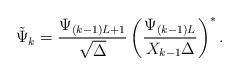
LaTeX: \begin{align*}\tilde{\Psi}_k= \frac{\Psi_{(k-1)L+1}}{\sqrt{\Delta}} \left( \frac{\Psi_{(k-1)L}}{X_{k-1} \Delta} \right)^*.\end{align*}